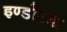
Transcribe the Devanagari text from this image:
इण्डोरमा